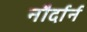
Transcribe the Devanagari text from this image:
नौर्दार्न